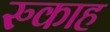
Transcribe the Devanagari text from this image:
रुकाह